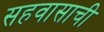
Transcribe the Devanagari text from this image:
सहवासाची